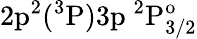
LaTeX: \mathrm{2p^{2}(^{3}P)3p~^{2}P_{3/2}^{o}}